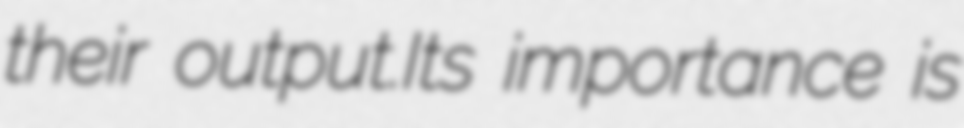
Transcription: their output.Its importance is